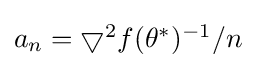
{\textstyle a_{n}=\bigtriangledown ^{2}f(\theta ^{*})^{-1}/n}